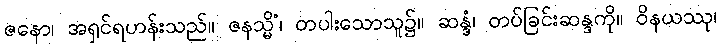
ဇနော၊ အရှင်ရဟန်းသည်။ ဇနသ္မိံ၊ တပါးသောသူ၌။ ဆန္ဒံ၊ တပ်ခြင်းဆန္ဒကို။ ဝိနယဿု၊